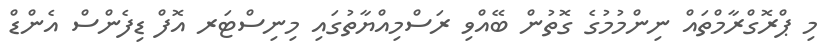
މި ޕްރޮގްރާމްތައް ނިންމުމުގެ ގޮތުން ބޭއްވި ރަސްމިއްޔާތުގައި މިނިސްޓަރ އޮފް ޑިފެންސް އެންޑް